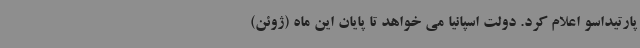
پارتیداسو اعلام کرد. دولت اسپانیا می خواهد تا پایان این ماه (ژوئن)